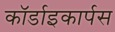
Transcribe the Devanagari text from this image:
कॉर्डाइकार्पस